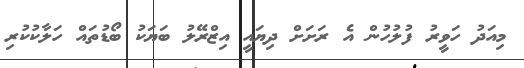
މިއަދު ހަވީރު ފުލުހުން އެ ރަށަށް ދިޔައީ އިޒްރޭލު ބަަަަޔަކުު ބޯޑުތައް ހަލާކުކުރި